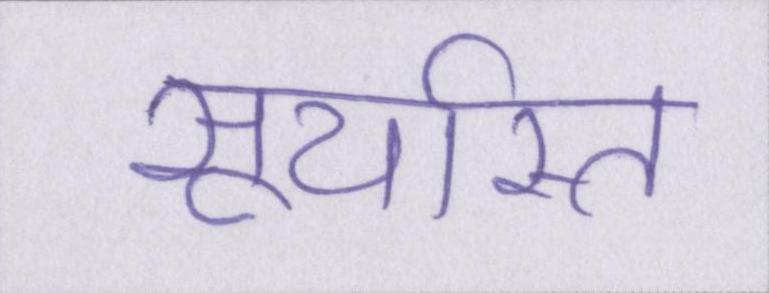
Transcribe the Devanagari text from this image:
सूर्यास्त